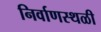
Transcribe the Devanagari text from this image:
निर्वाणस्थळी